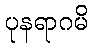
ပုနရာဂမိ